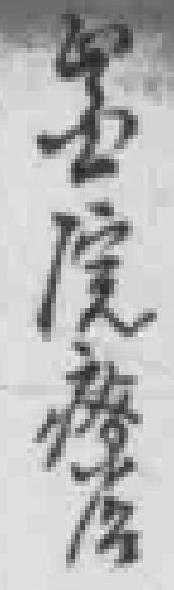
*院療治